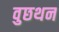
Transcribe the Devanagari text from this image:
वुछथन